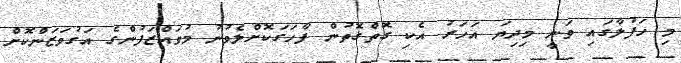
މި ހަފުލާގައި ވަނީ މިދިޔަ އަހަރު އެކި ގޮތްގޮތުން ފާހަގަކޮށްލެވުނު މުވައްޒަފުންގެ އަގުވަޒަންކޮށް